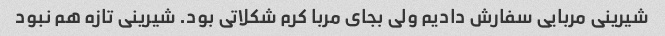
شیرینی مربایی سفارش دادیم ولی بجای مربا کرم شکلاتی بود. شیرینی تازه هم نبود